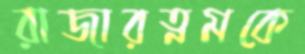
রাজারত্নমকে